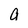
Character: a